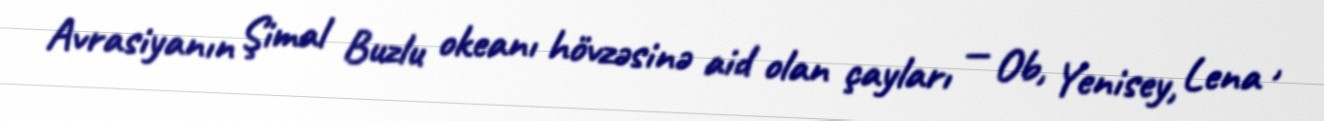
Avrasiyanın Şimal Buzlu okeanı hövzəsinə aid olan çayları — Ob, Yenisey, Lena ,